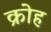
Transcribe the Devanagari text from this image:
क्रोह